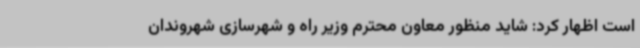
است اظهار کرد: شاید منظور معاون محترم وزیر راه و شهرسازی شهروندان